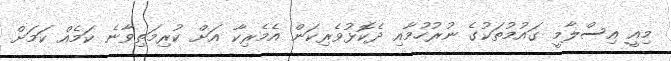
މިއީ އިސްލާމީ ގައުމުތަކުގެ ނުރުހުމާއި ދެކޮޅުވެރިކަން އެމެރިކާ އަށް ކުރިމަތިވާނެ ކަމެއް ކަމަށް